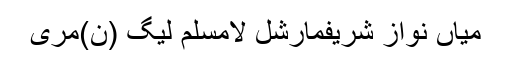
میاں نواز شریفمارشل لامسلم لیگ (ن)مری